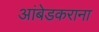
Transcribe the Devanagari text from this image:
आंबेडकराना